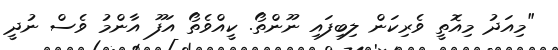
"މިއަދު މިއޮތީ ވެރިކަން ލިބިފައި ނޫންތޯ. ކީއްވެތޯ އަފޫ އާންމު ވެސް ނުދީ